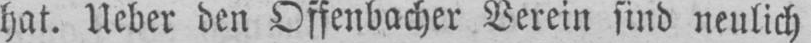
hat. Ueber den Offenbacher Verein sind neulich